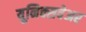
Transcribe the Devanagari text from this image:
यूनिक्सवेअर